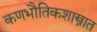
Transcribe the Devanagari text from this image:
कणभौतिकशास्त्रात